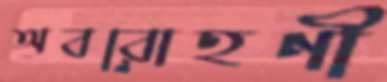
অবরোহণী